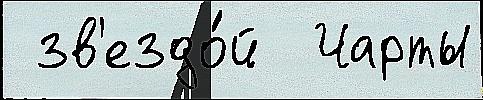
 зв'ездо́й  Чарты